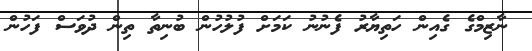
ނާޒިމްގެ ގެއިން ހަތިޔާރު ފެނުނު ކަމަށް ފުލުހުން ބުނިތާ ތިން ދުވަސް ފަހުން